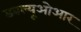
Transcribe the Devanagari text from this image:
डबल्यूओआर